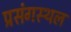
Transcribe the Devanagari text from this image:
प्रसंगस्थल